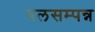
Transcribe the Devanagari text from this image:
बलसम्पन्न